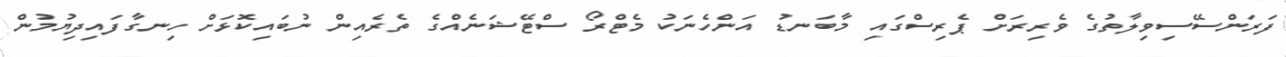
ފަރަންސޭސިވިލާތުގެ ވެރިރަށް ޕެރިސްގައި މާބަނޑު އަންހެނަކު މެޓްރޯ ސްޓޭޝަނެއްގެ ތެރެއިން ނުބައިކޮޅަށް ހިނގާފައިދިޔުމުން